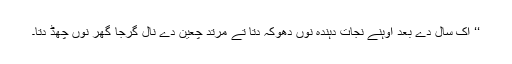
‘‘ اِک سال دے بعد اُوہنے نجات دہندہ نوں دھوکہ دِتا تے مُرتد چعین دے نال گرجا گھر نوں چھڈ دِتا۔